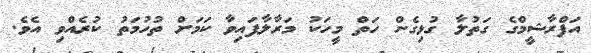
އަފްރާޝީމްގެ ގަތުލާ ގުޅިގެން ހަތް މީހަކު މަރާލާފައިވާ ކަމަށް ތުހުމަތު ކުރެއްވި އެވެ.